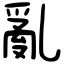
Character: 亂